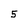
Character: 5